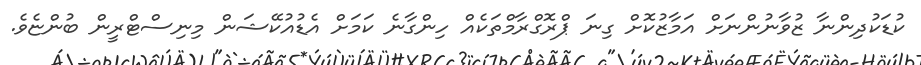
ކުޑަކުދިންނާ ޒުވާނުންނަށް އަމާޒުކޮށް ގިނަ ޕްރޮގްރާމްތަކެއް ހިންގާނެ ކަމަށް އެޑުއުކޭޝަން މިނިސްޓްރީން ބުންޏެވެ.